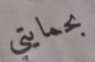
بحمايتي